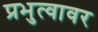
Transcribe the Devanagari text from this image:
प्रभुत्वावर